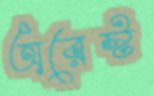
অরেস্ট